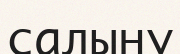
салыну